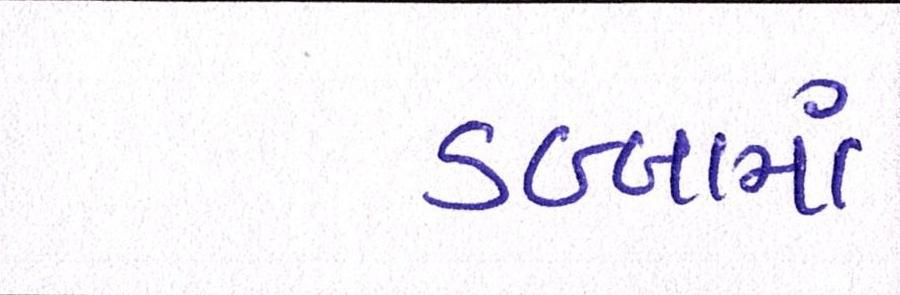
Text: ડબ્બામાં